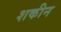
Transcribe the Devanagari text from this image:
शकीन